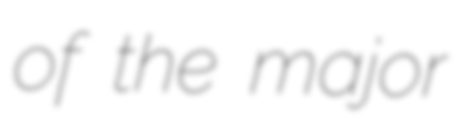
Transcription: of the major